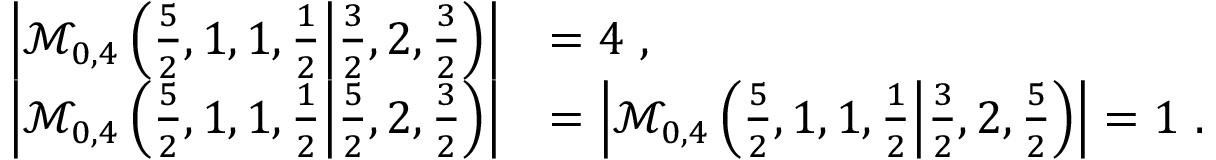
\begin{array} { r l } { \left| \mathcal { M } _ { 0 , 4 } \left( \frac 5 2 , 1 , 1 , \frac 1 2 \middle | \frac 3 2 , 2 , \frac 3 2 \right) \right| } & { = 4 \ , } \\ { \left| \mathcal { M } _ { 0 , 4 } \left( \frac 5 2 , 1 , 1 , \frac 1 2 \middle | \frac 5 2 , 2 , \frac 3 2 \right) \right| } & { = \left| \mathcal { M } _ { 0 , 4 } \left( \frac 5 2 , 1 , 1 , \frac 1 2 \middle | \frac 3 2 , 2 , \frac 5 2 \right) \right| = 1 \ . } \end{array}